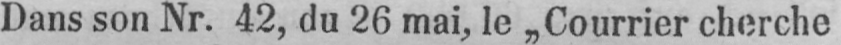
Dans son Nr. 42, du 26 mai, le „Courrier cherche